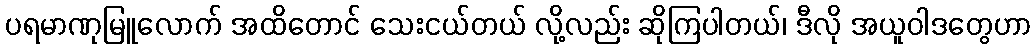
ပရမာဏုမြူလောက် အထိတောင် သေးငယ်တယ် လို့လည်း ဆိုကြပါတယ်၊ ဒီလို အယူဝါဒတွေဟာ